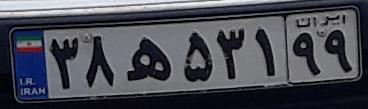
۳۸ه۵۳۱۹۹